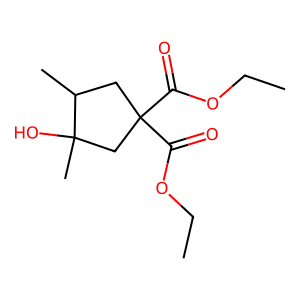
SMILES: CCOC(=O)C1(C(=O)OCC)CC(C)C(C)(O)C1
Inhibits HIV replication: No